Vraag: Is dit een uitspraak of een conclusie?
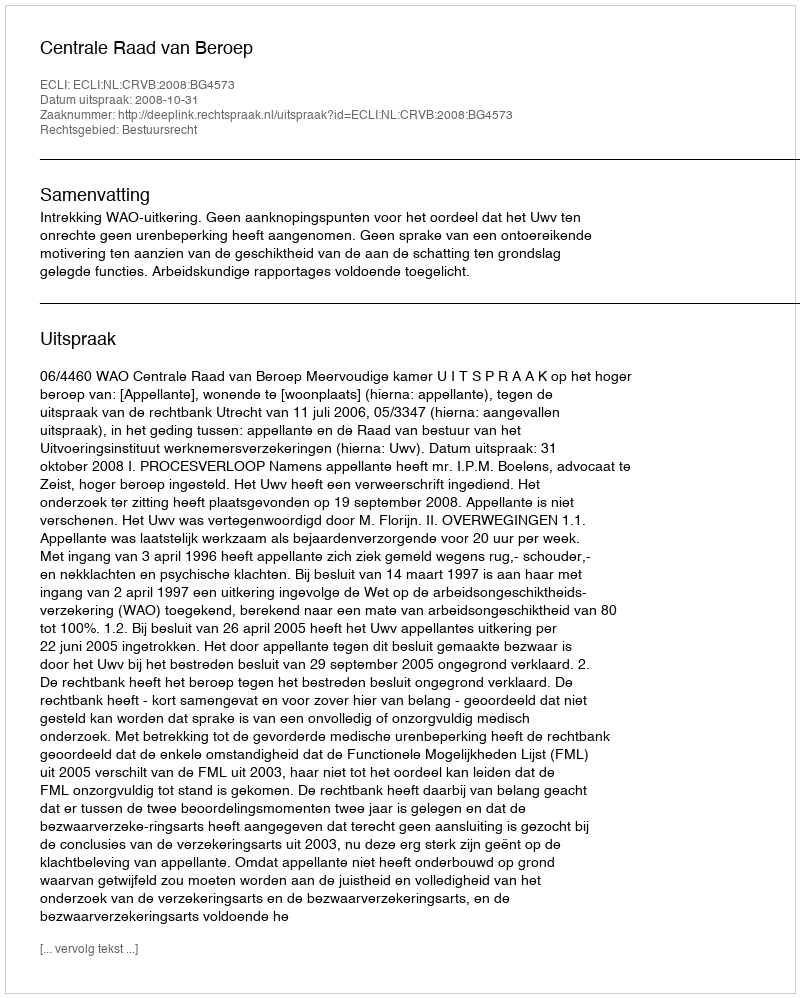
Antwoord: Uitspraak